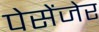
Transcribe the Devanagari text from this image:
पेसेंजेर